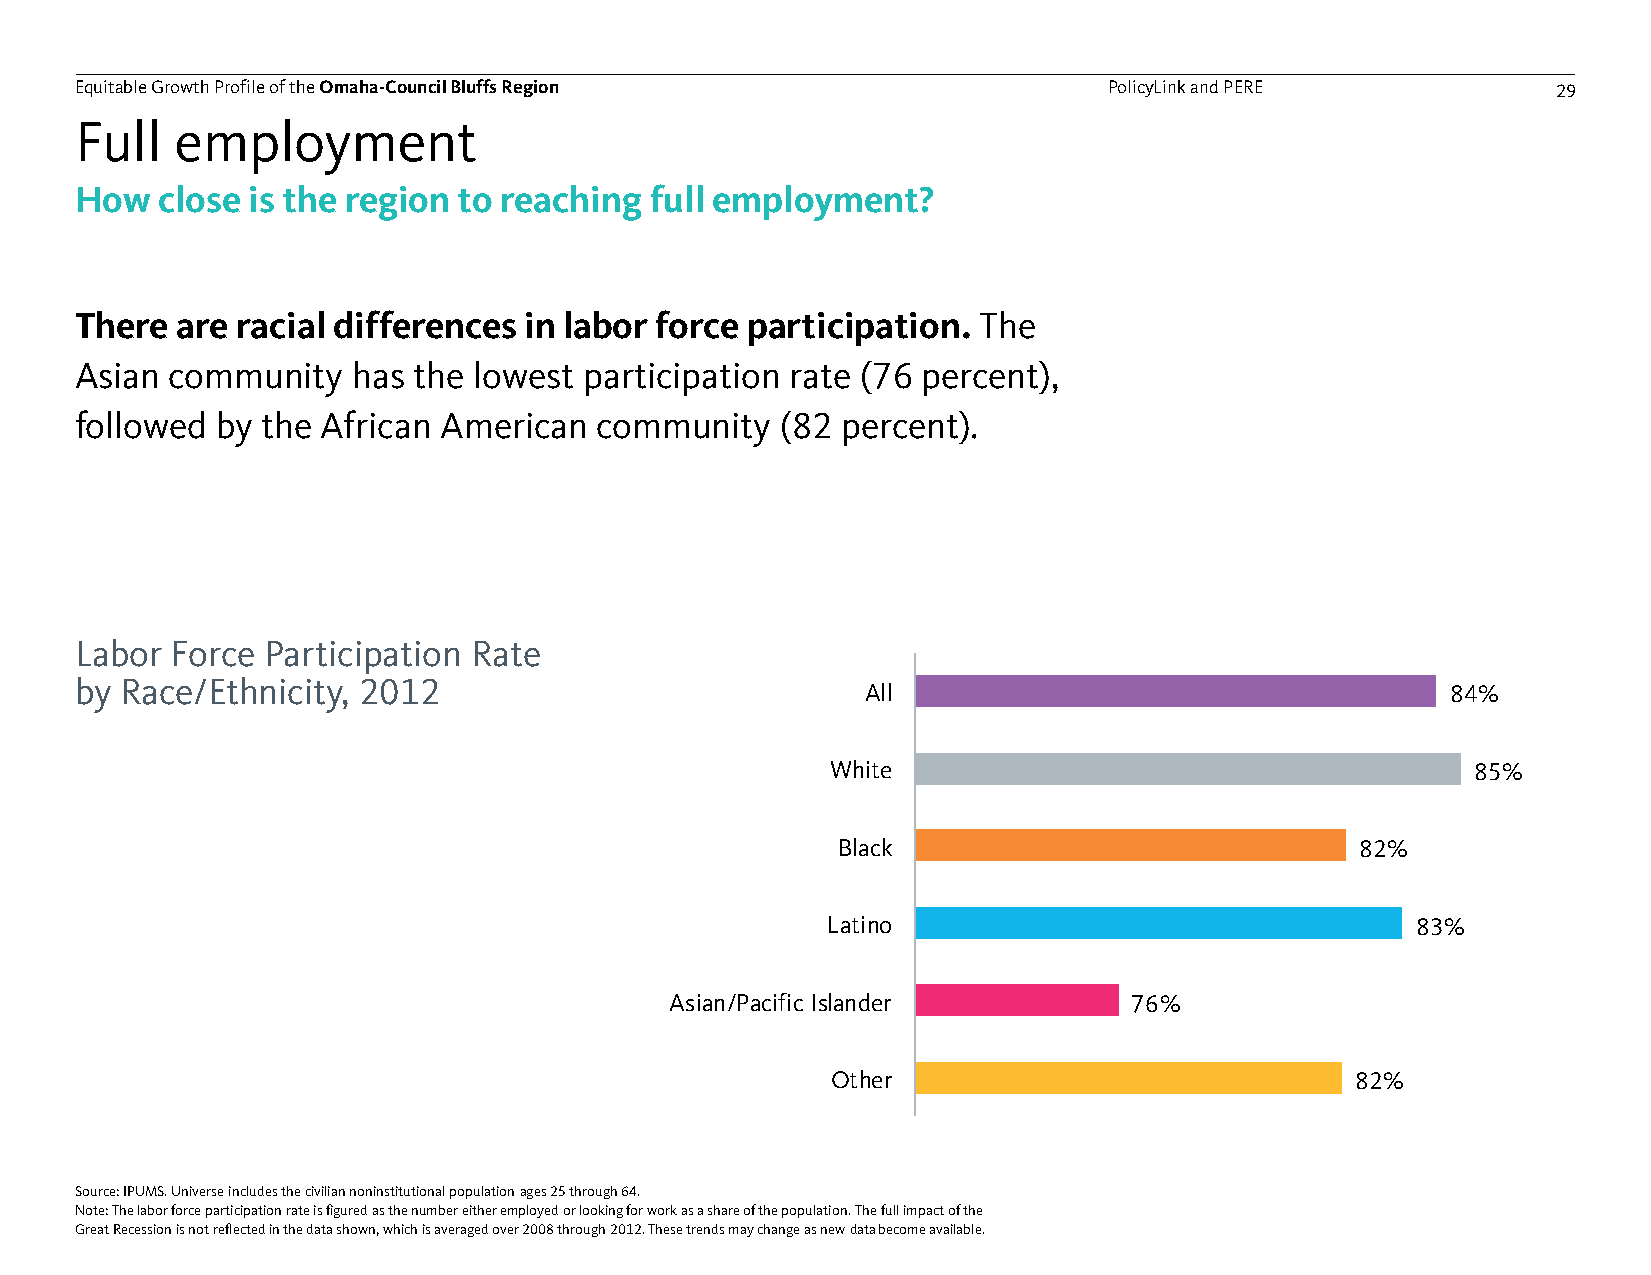
Equitable Growth Profile of theOmaha-Council Bluffs Region          PolicyLink and PERE           29
 Full   employment
 How  close is the region to reaching  full employment?
 There  are racial differences in labor force participation. The
 Asian community   has the lowest  participation rate (76 percent),
 followed by the African American  community    (82 percent).
 Labor Force  Participation Rate
 by Race/Ethnicity, 2012
 All                                    84%
 White                                      85%
 Black                              82%
 Latino                                 83%
 Asian/Pacific Islander         76%
 Other                              82%
 Source: IPUMS. Universe includes the civilian noninstitutional population ages 25 through 64.
 Note: The labor force participation rate is figured as the number either employed or looking for work as a share of the population. The full impact of the
 Great Recession is not reflected in the data shown, which is averaged over 2008 through 2012. These trends may change as new data become available.